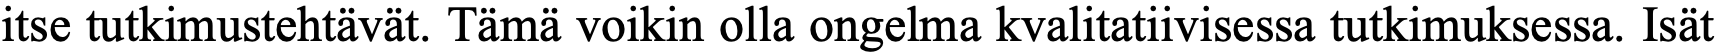
itse tutkimustehtävät. Tämä voikin olla ongelma kvalitatiivisessa tutkimuksessa. Isät